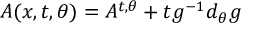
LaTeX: { \cal A } ( x , t , \theta ) = A ^ { t , \theta } + t g ^ { - 1 } d _ { \theta } g